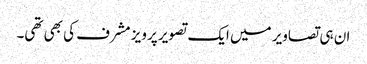
ان ہی تصاویر میں ایک تصویر پرویز مشرف کی بھی تھی۔